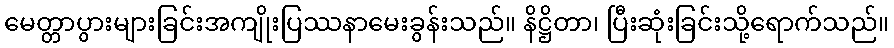
မေတ္တာပွားများခြင်းအကျိုးပြဿနာမေးခွန်းသည်။ နိဋ္ဌိတာ၊ ပြီးဆုံးခြင်းသို့ရောက်သည်။